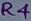
Text: R4